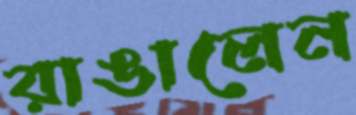
রাঙালেন